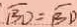
\overline { B D } = \overline { B D }